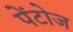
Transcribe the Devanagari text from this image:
पेंटोज